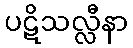
ပဋိသလ္လီနာ